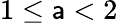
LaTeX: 1\le\mathsf{a}<2